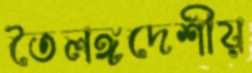
তৈলঙ্গদেশীয়